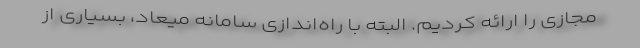
مجازی را ارائه کردیم. البته با راه‌اندازی سامانه میعاد، بسیاری از